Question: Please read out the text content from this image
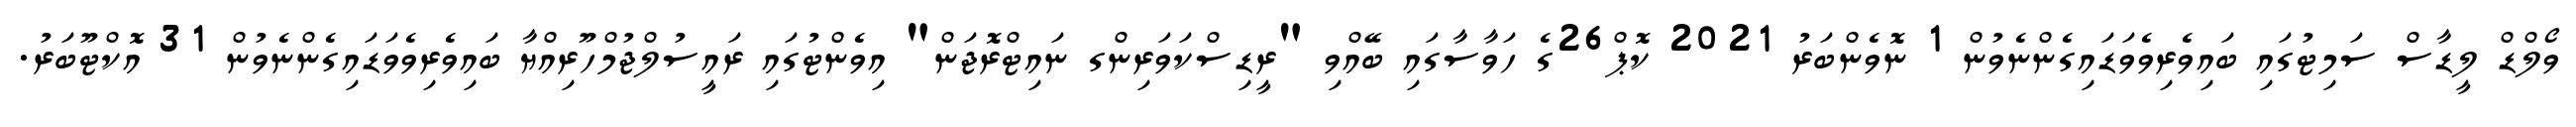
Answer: ވޯލްޑް ލީޑާސް ސަމިޓުގައި ބައިވެރިވެވަޑައިގެންނެވުން 1 ނޮވެންބަރު 2021 ކޮޕް26ގެ ހަވާސާގައި ބޭއްވި "ރީޑިސްކަވަރިންގ ނައިޓްރޮޖަން" އިވެންޓުގައި ރައީސުލްޖުމްހޫރިއްޔާ ބައިވެރިވެވަޑައިގެންނެވުން 31 އޮކްޓޫބަރު.